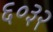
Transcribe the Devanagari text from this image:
६०३२